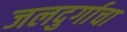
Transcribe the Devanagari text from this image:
जलदुर्गाचा